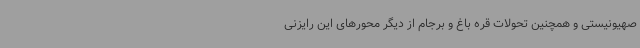
صهیونیستی و همچنین تحولات قره باغ و برجام از دیگر محورهای این رایزنی